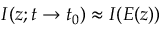
I ( z ; t \to t _ { 0 } ) \approx I ( E ( z ) )